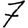
Digit: 7